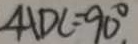
\angle A D C = 9 0 ^ { \circ }